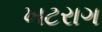
ખટરાગ